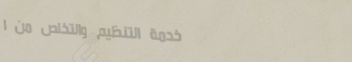
خدمة التنظيم والتخلص من ا